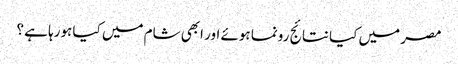
مصر میں کیا نتائج رونما ہوئے اور ابھی شام میں کیا ہورہا ہے ؟